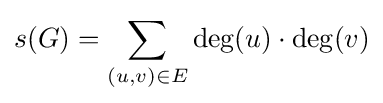
s(G)=\sum _{(u,v)\in E}\deg(u)\cdot \deg(v)